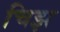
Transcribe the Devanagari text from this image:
चिझ